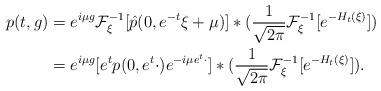
LaTeX: \begin{align*} p(t,g)&=e^{i\mu g}\mathcal{F}^{-1}_{\xi}[\hat{p}(0,e^{-t}\xi+\mu)]*(\frac{1}{\sqrt{2\pi}}\mathcal{F}^{-1}_{\xi}[e^{-H_t(\xi)}])\\&=e^{i\mu g}[e^tp(0,e^t\cdot)e^{-i\mu e^t \cdot}]\ast(\frac{1}{\sqrt{2\pi}}\mathcal{F}^{-1}_{\xi}[e^{-H_t(\xi)}]). \end{align*}